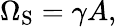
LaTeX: \Omega_{\mathrm{{S}}}=\gamma A,